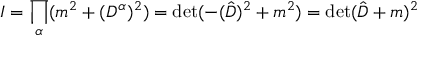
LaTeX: I = \prod _ { \alpha } ( m ^ { 2 } + ( D ^ { \alpha } ) ^ { 2 } ) = \operatorname * { d e t } ( - ( \hat { D } ) ^ { 2 } + m ^ { 2 } ) = \operatorname * { d e t } ( \hat { D } + m ) ^ { 2 }